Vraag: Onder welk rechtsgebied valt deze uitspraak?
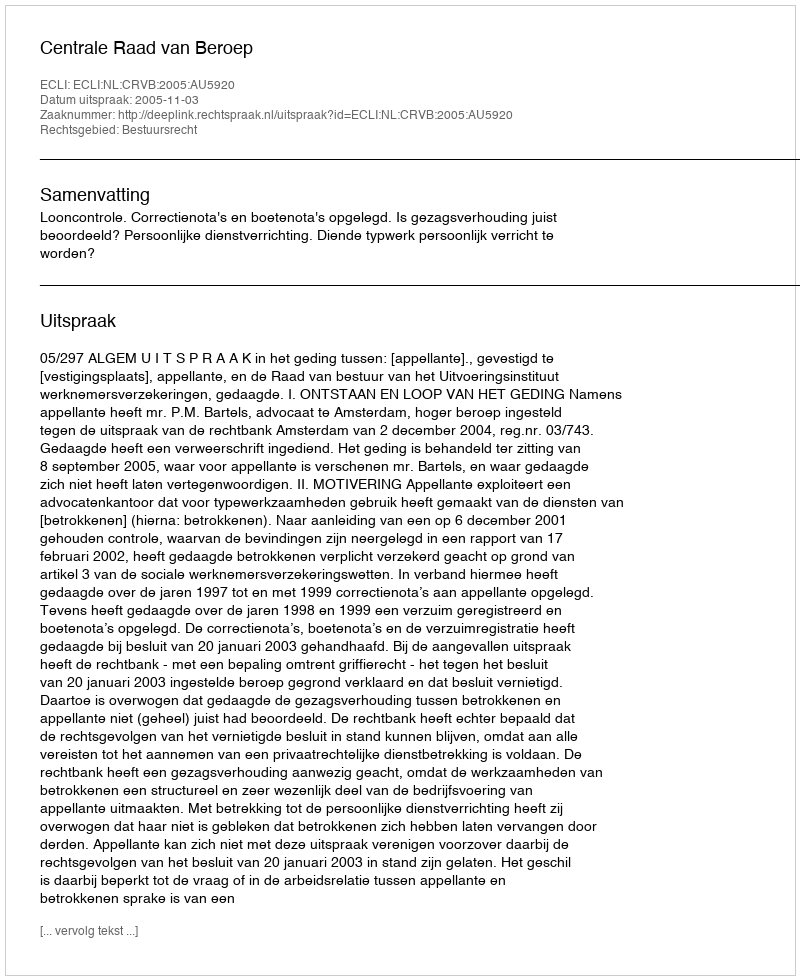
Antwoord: Bestuursrecht